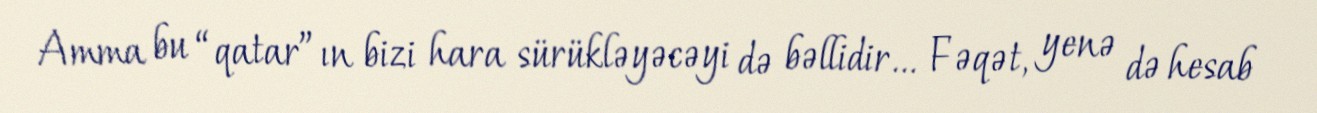
Amma bu “qatar”ın bizi hara sürükləyəcəyi də bəllidir... Fəqət, yenə də hesab